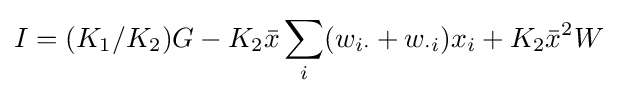
I=(K_{1}/K_{2})G-K_{2}{\bar {x}}\sum _{i}(w_{i\cdot }+w_{\cdot i})x_{i}+K_{2}{\bar {x}}^{2}W